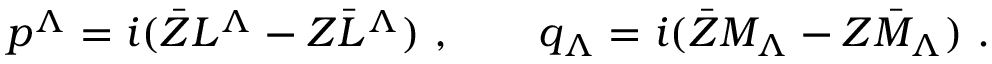
p ^ { \Lambda } = i ( \bar { Z } L ^ { \Lambda } - Z \bar { L } ^ { \Lambda } ) \ , \qquad q _ { \Lambda } = i ( \bar { Z } M _ { \Lambda } - Z \bar { M } _ { \Lambda } ) \ .